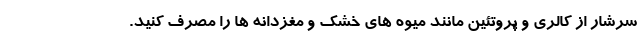
سرشار از کالری و پروتئین مانند میوه های خشک و مغزدانه ها را مصرف کنید.